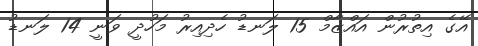
އޭގެ އިތުރުން އައްޒާމް 15 ލަނޑު ހެދިއިރު މަހުދީ ވަނީ 14 ލަނޑު